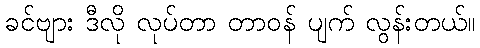
ခင်ဗျား ဒီလို လုပ်တာ တာဝန် ပျက် လွန်းတယ်။